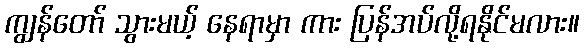
ကျွန်တော် သွားမယ့် နေရာမှာ ကား ပြန်အပ်လို့ရနိုင်မလား။